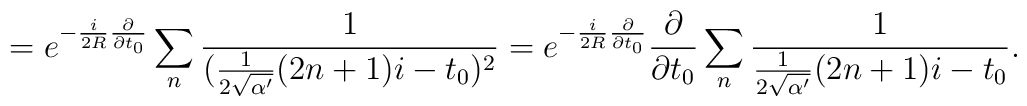
=e^{-\frac{i}{2R}\frac{\partial}{\partial t_{0}}}\sum _{n} \frac{1}{(\frac{1}{2\sqrt{\alpha '}}(2n+1)i -t_{0})^{2}}=e^{-\frac{i}{2R}\frac{\partial}{\partial t_{0}}}\frac{\partial}{\partial t_{0}} \sum _{n} \frac{1}{\frac{1}{2 \sqrt{\alpha '}}(2n+1)i -t_{0}} .